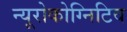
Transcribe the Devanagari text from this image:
न्यूरोकोग्निटिव